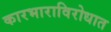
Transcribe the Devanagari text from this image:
कारभाराविरोधात